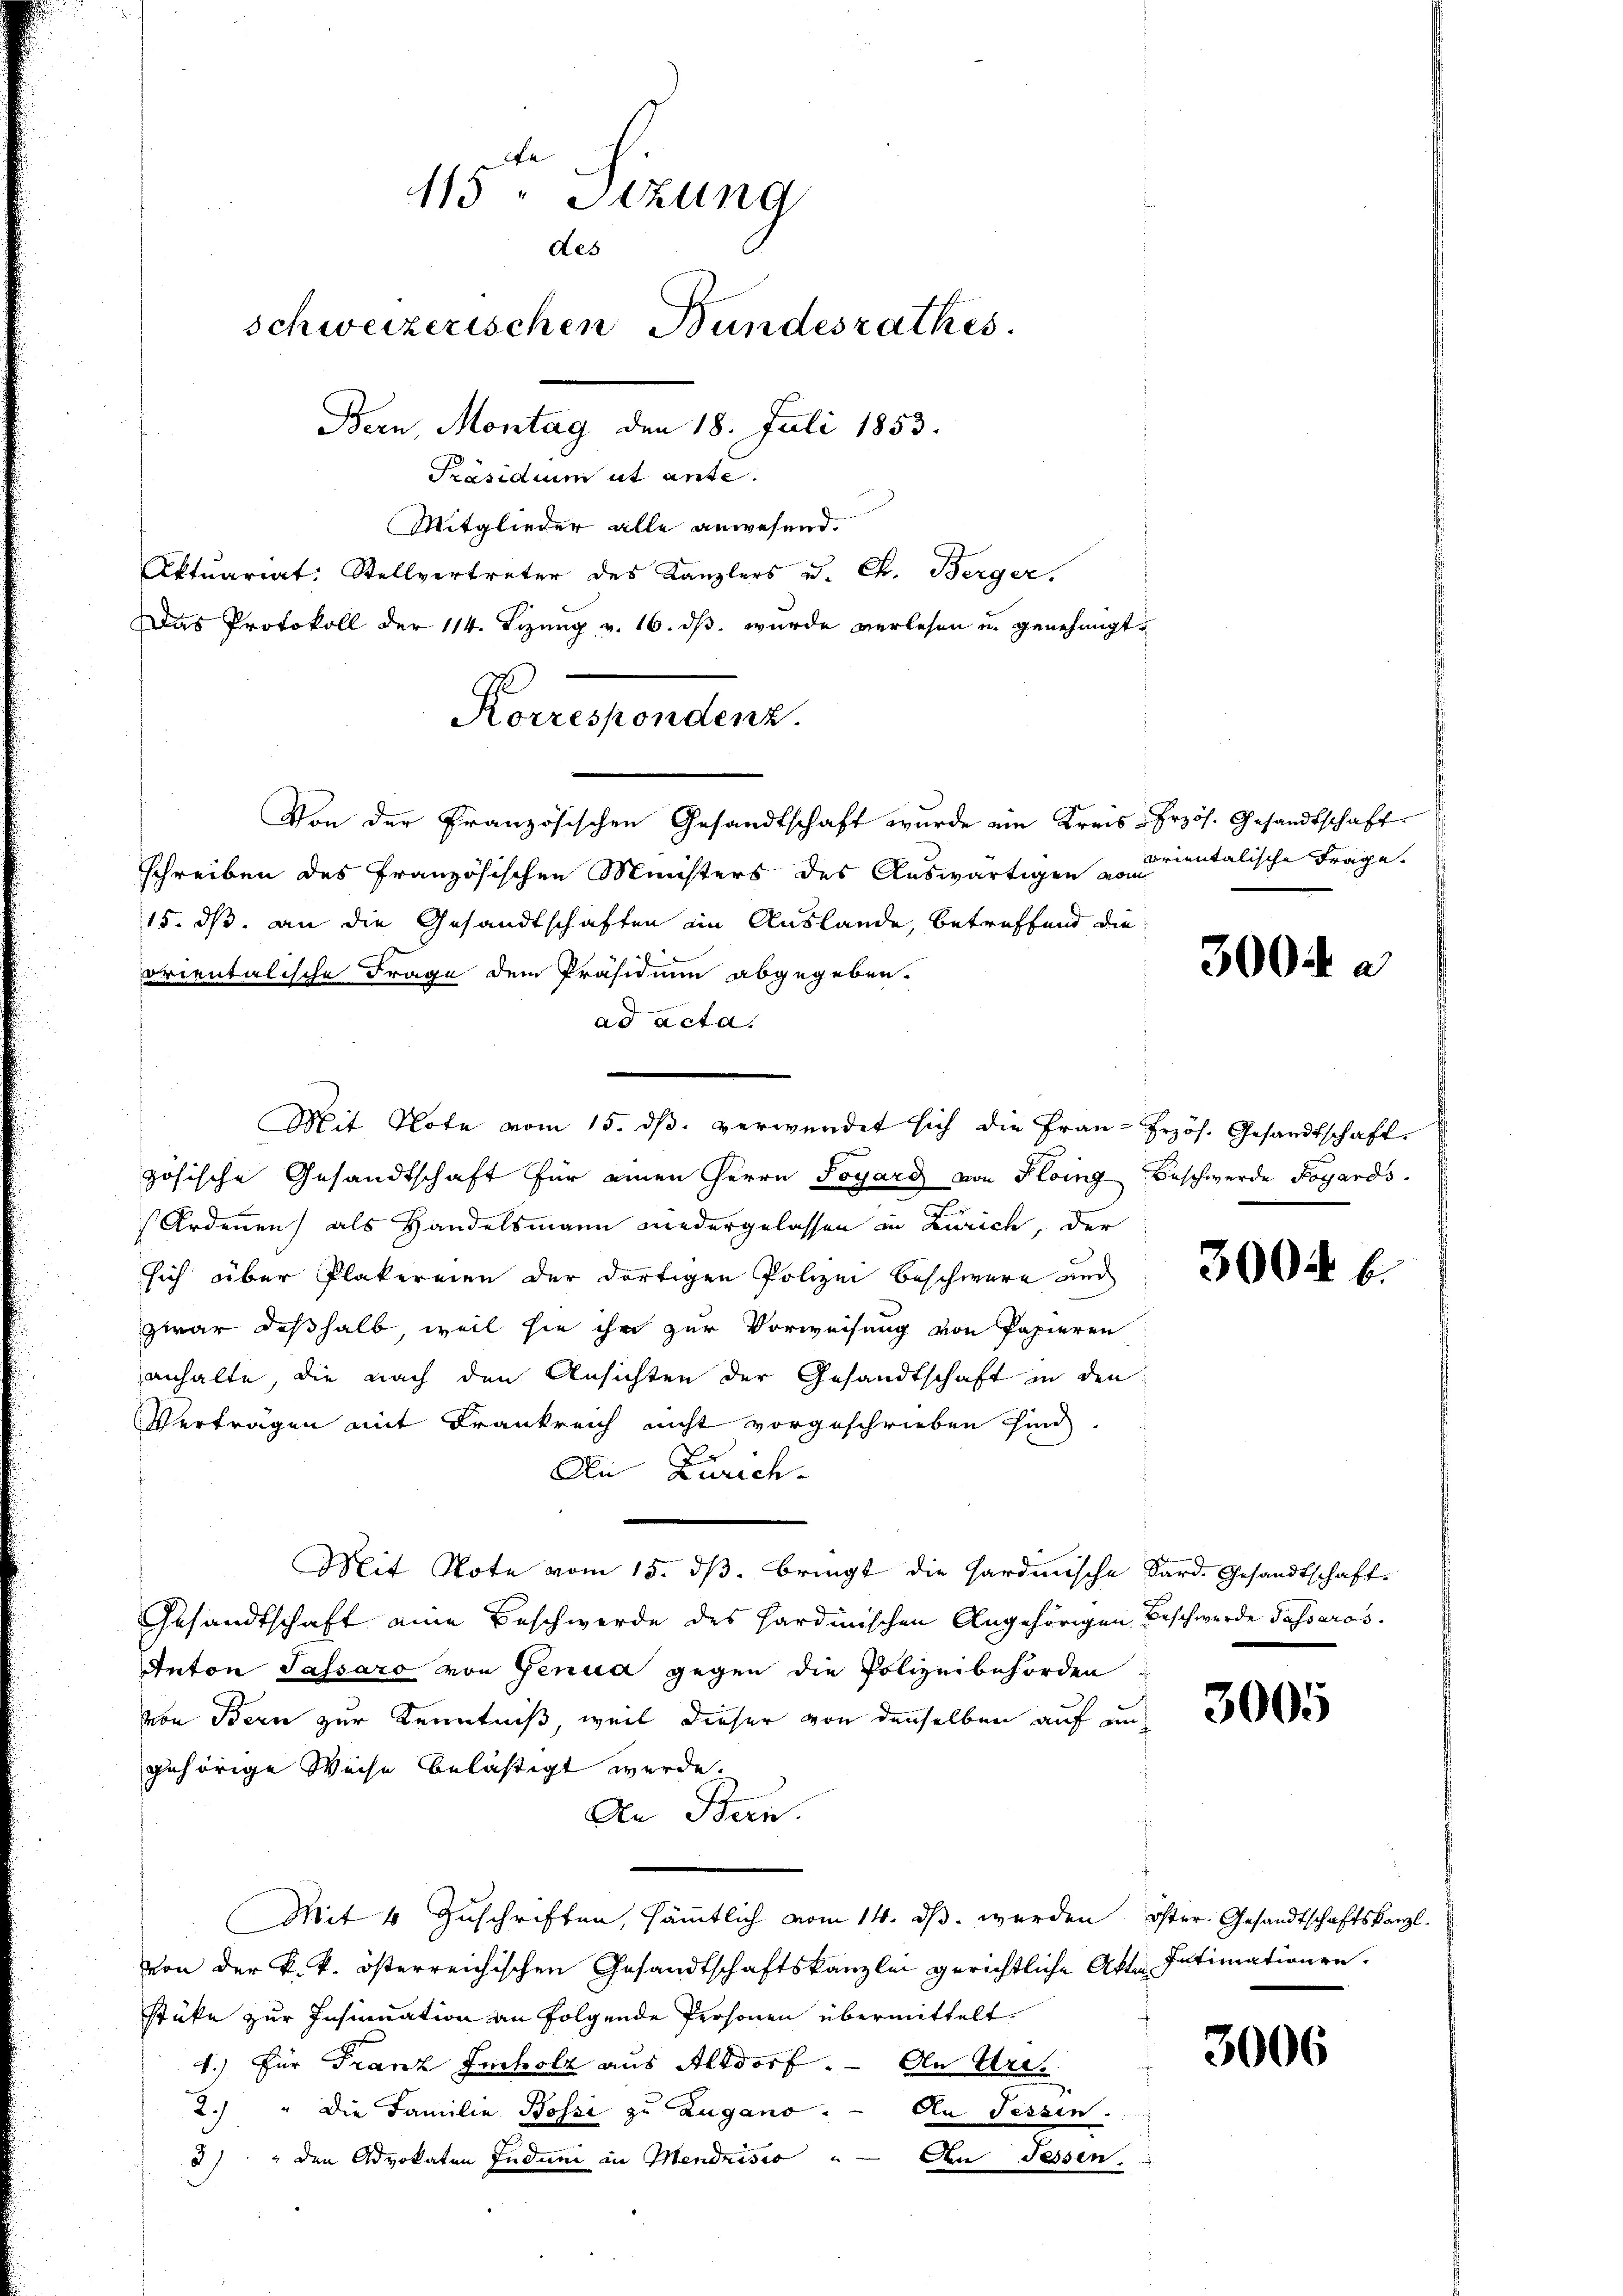
415 " Sitzung
des
schweizerischen Bundesrathes.
Bern, Montag den 18. Juli 1853.
Präsidium ut ante.
Mitglieder alle anwesend.

Aktuariat: Stellvertreter des Kanzlers u. Ch. Berger.
Von der Französischen Gesandtschaft wurde ein Kreis-Erzös. Gesandtschaft
schreiben des französischen Ministers des Auswärtigen dientalische Frage.
15. dß. an die Gesandtschaften ein Auslande, betreffend die
orientalische Frage dem Präsidium abgegeben.
ad acta.
zösische Gesandtschaft für einen Herrn Sogard von Floing Beschwerde Fogards
Ordenen) als Handelsmann niedergelassen in Zürich, der
sich über Plakereien der dortigen Polizei beschwere auch
zwar deßhalb, weil sie ihr zur Vorweisung von Papieren
anhalte, die nach den Ansichten der Gesandtschaft in den
Verträgen mit Frankreich nicht vorgeschrieben sind
An Zürich-
Mit Note vom 15. ds. bringt die Hardmische Sard. Gesandtschaft-
Gesandtschaft eine Beschwerde des Hardinischen Angehörigen Beschwerde Passaros.
Anton Passaro von Genua gegen die Polizeibehörden
von Bern zur Kenntniß, weil dieser von denselben auf ungehörige Weise belästigt werde.
An Bern.
Mit 4 Zuschriften, sämmtlich vom 14. dβ. werden öster Gesandtschaftskanzl
von der k. k. österreichischen Gesandtschaftskanzlei gerichtliche Akte Intimationen.
stüke zur Insinuation an folgende Personen übermittelt.
1.) Für Franz Imholz aus Altdorf. — An Ver¬
2. " Die Familie Bossi zu Zugano. — An Tessin.
3) " den Advokaten Induni in Mendrisio
Den Sessen.

Das Protokoll der 114. Tizung v. 16. ds. wurde verlesen u. genehmigt.
Korrespondenz.

Mit Note vom 15. dβ. verwendet sich die Frau-Frzös. Gesandtschaft.

3004 a

3004 b.

3005

3006